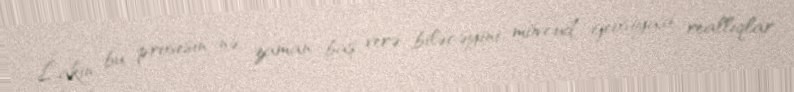
Lakin bu prosesin nə zaman baş verə biləcəyini mövcud geosiyasi reallıqlar